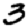
Digit: 3